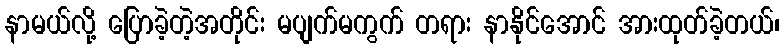
နာမယ်လို့ ပြောခဲ့တဲ့အတိုင်း မပျက်မကွက် တရား နာနိုင်အောင် အားထုတ်ခဲ့တယ်၊